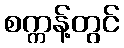
စက္ကန့်တွင်